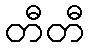
တီတီ